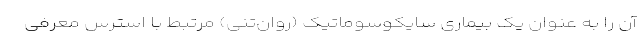
آن را به عنوان یک بیماری سایکوسوماتیک (روان‌تنی) مرتبط با استرس معرفی